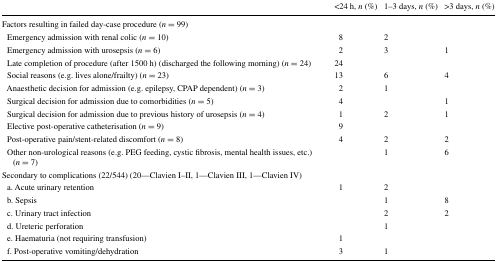
<table><thead><tr><td></td><td><b>&lt;24 h, <i>n</i> (%)</b></td><td><b>1–3 days, <i>n</i> (%)</b></td><td><b>&gt;3 days, <i>n</i> (%)</b></td></tr></thead><tbody><tr><td colspan="4">Factors resulting in failed day-case procedure (<i>n</i> = 99)</td></tr><tr><td> Emergency admission with renal colic (<i>n</i> = 10)</td><td>8</td><td>2</td><td></td></tr><tr><td> Emergency admission with urosepsis (<i>n</i> = 6)</td><td>2</td><td>3</td><td>1</td></tr><tr><td> Late completion of procedure (after 1500 h) (discharged the following morning) (<i>n</i> = 24)</td><td>24</td><td></td><td></td></tr><tr><td> Social reasons (e.g. lives alone/frailty) (<i>n</i> = 23)</td><td>13</td><td>6</td><td>4</td></tr><tr><td> Anaesthetic decision for admission (e.g. epilepsy, CPAP dependent) (<i>n</i> = 3)</td><td>2</td><td>1</td><td></td></tr><tr><td> Surgical decision for admission due to comorbidities (<i>n</i> = 5)</td><td>4</td><td></td><td>1</td></tr><tr><td> Surgical decision for admission due to previous history of urosepsis (<i>n</i> = 4)</td><td>1</td><td>2</td><td>1</td></tr><tr><td> Elective post-operative catheterisation (<i>n</i> = 9)</td><td>9</td><td></td><td></td></tr><tr><td> Post-operative pain/stent-related discomfort (<i>n</i> = 8)</td><td>4</td><td>2</td><td>2</td></tr><tr><td> Other non-urological reasons (e.g. PEG feeding, cystic fibrosis, mental health issues, etc.) (<i>n</i> = 7)</td><td></td><td>1</td><td>6</td></tr><tr><td colspan="4">Secondary to complications (22/544) (20—Clavien I–II, 1—Clavien III, 1—Clavien IV)</td></tr><tr><td> a. Acute urinary retention</td><td>1</td><td>2</td><td></td></tr><tr><td> b. Sepsis</td><td></td><td>1</td><td>8</td></tr><tr><td> c. Urinary tract infection</td><td></td><td>2</td><td>2</td></tr><tr><td> d. Ureteric perforation</td><td></td><td>1</td><td></td></tr><tr><td> e. Haematuria (not requiring transfusion)</td><td>1</td><td></td><td></td></tr><tr><td> f. Post-operative vomiting/dehydration</td><td>3</td><td>1</td><td></td></tr></tbody></table>